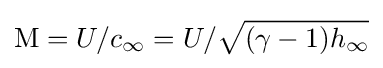
\mathrm {M} =U/c_{\infty }=U/{\sqrt {(\gamma -1)h_{\infty }}}